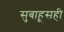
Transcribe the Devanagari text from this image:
सुबाहूसही